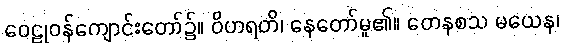
ဝေဠုဝန်ကျောင်းတော်၌။ ဝိဟရတိ၊ နေတော်မူ၏။ တေနစသ မယေန၊